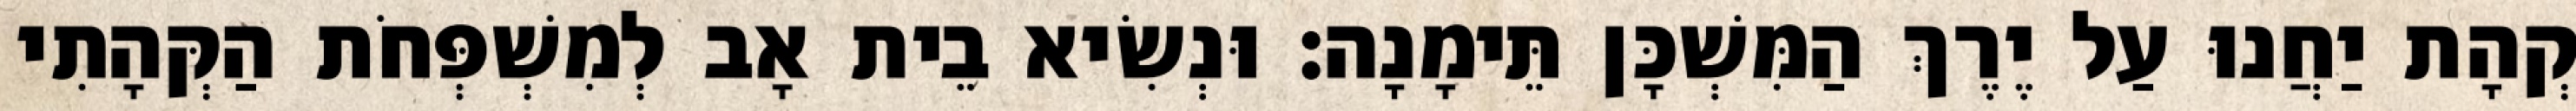
קְהָת יַחֲנוּ עַל יֶרֶךְ הַמִּשְׁכָּן תֵּימָנָה׃ וּנְשִׂיא בֵית אָב לְמִשְׁפְּחֹת הַקְּהָתִי